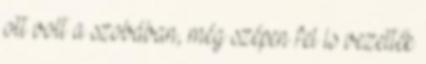
ott volt a szobában, még szépen fel is vezették